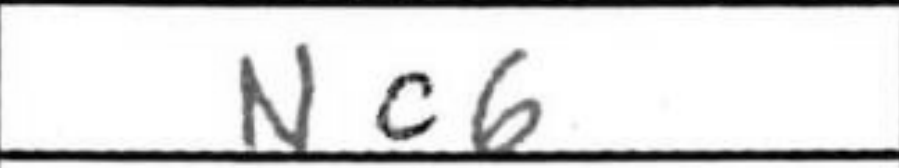
Transcription: Nc6